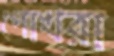
পোখরা